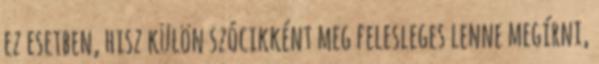
ez esetben, hisz külön szócikként meg felesleges lenne megírni,